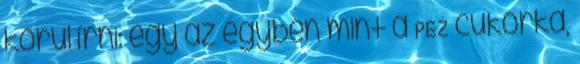
körül írni: egy az egyben mint a PEZ cukorka,